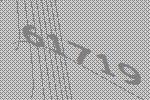
61719